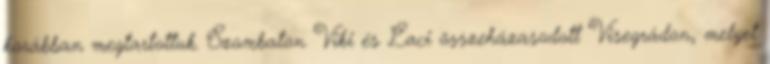
korábban megtartottuk. Szombaton Viki és Laci összeházasodott Visegrádon, melyet